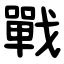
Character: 戰